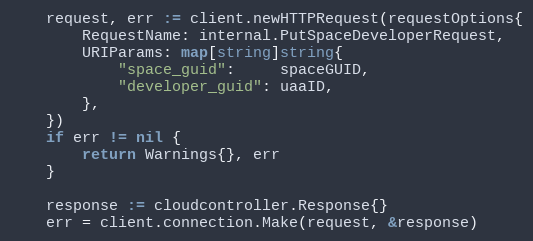
Language: Go
	request, err := client.newHTTPRequest(requestOptions{
		RequestName: internal.PutSpaceDeveloperRequest,
		URIParams: map[string]string{
			"space_guid":     spaceGUID,
			"developer_guid": uaaID,
		},
	})
	if err != nil {
		return Warnings{}, err
	}

	response := cloudcontroller.Response{}
	err = client.connection.Make(request, &response)